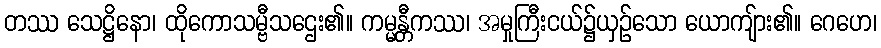
တဿ သေဋ္ဌိနော၊ ထိုကောသမ္ဗီသဌေး၏။ ကမ္မန္တီကဿ၊ အမှုကြီးငယ်၌ယှဉ်သော ယောကျ်ား၏။ ဂေဟေ၊